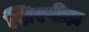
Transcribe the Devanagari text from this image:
सिरपीड़ा